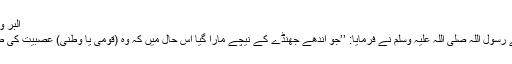
البر والصلہ باب نصر الاخ ظالما او مظلوماً 2584)
جندب بن عبداللہ رضی اللہ عنہ سے روایت ہے رسول اللہ صلی اللہ علیہ وسلم نے فرمایا: ’’جو اندھے جھنڈے کے نیچے مارا گیا اس حال میں کہ وہ (قومی یا وطنی) عصبیت کی طرف بلا رہا تھا یا عصبیت کی مدد کر رہا تھا۔